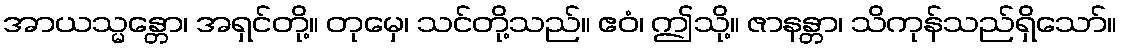
အာယသ္မန္တော၊ အရှင်တို့။ တုမှေ၊ သင်တို့သည်။ ဧဝံ၊ ဤသို့။ ဇာနန္တာ၊ သိကုန်သည်ရှိသော်။